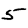
Digit: 5